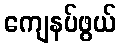
ကျေနပ်ဖွယ်